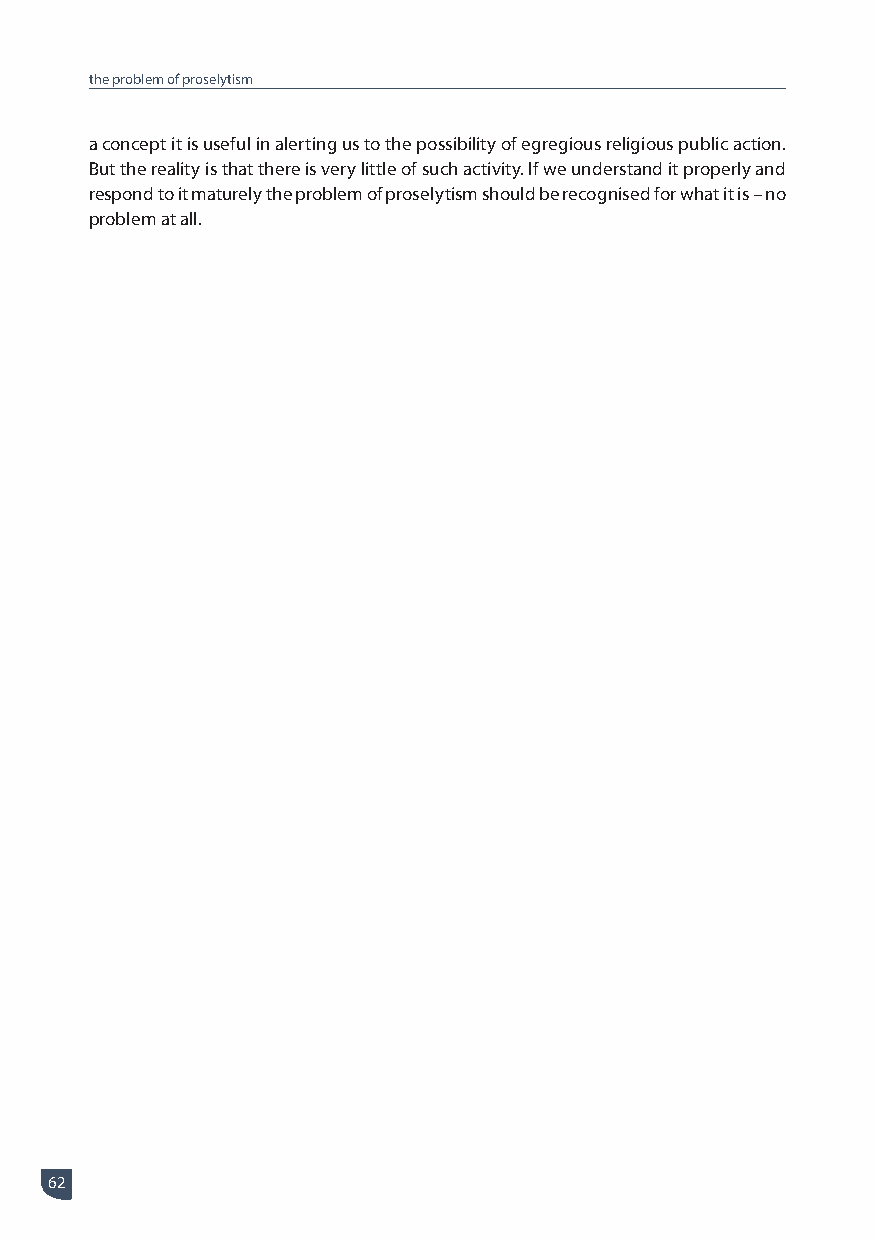
the problem of proselytism
 a concept it is useful in alerting us to the possibility of egregious religious public action.
 But the reality is that there is very little of such activity. If we understand it properly and
 respond to it maturely the problem of proselytism should be recognised for what it is – no
 problem at all.
 62